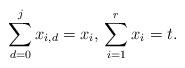
LaTeX: \begin{align*}\sum_{d = 0}^j x_{i,d} = x_i,\,\sum_{i=1}^r x_i = t.\end{align*}